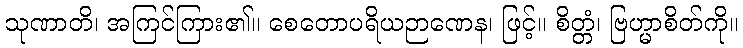
သုဏာတိ၊ အကြင်ကြား၏။ စေတောပရိယဉာဏေန၊ ဖြင့်။ စိတ္တံ၊ ဗြဟ္မာစိတ်ကို။